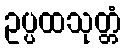
ဥပ္ပထသုတ္တံ